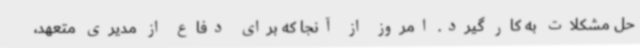
حل مشکلات به کار گیرد. امروز از آنجا که برای دفاع از مدیری متعهد،